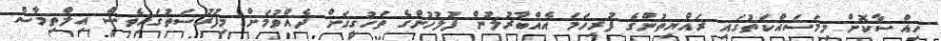
ހިއްސާކޮށް މިމަސައްކަތުގައި ރައްޔިތުންގެ ފުރިހަމަ އެއްބާރުލުން ފުލުހުންގެ ތަހުގީގަށް ދެއްވުމަށް މިފުރުސަތުގައިވެސް އިލްތިމާސް